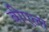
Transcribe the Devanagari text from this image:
बीएला